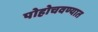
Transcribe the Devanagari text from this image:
पोहोचवण्यात